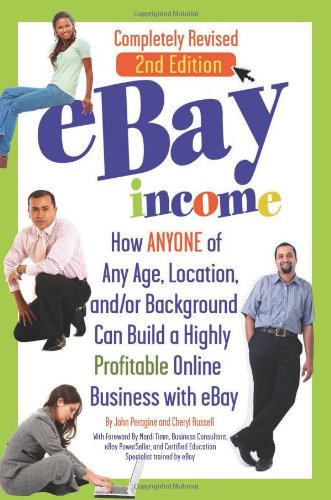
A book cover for eBay Income: How ANYONE of Any Age, Location, and/or Background Can Build a Highly Profitable Online Business with eBay REVISED 2ND EDITION; John N Peragine; Computers & Technology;